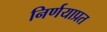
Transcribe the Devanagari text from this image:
निर्णयाप्रत